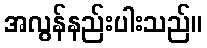
အလွန်နည်းပါးသည်။